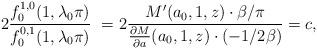
LaTeX: \begin{align*}2 \frac{f_0^{1,0}(1,\lambda_0\pi)}{f_0^{0,1}(1,\lambda_0\pi)}\ = 2 \frac{M^\prime(a_0,1,z) \cdot \beta/\pi}{\frac{\partial M}{\partial a}(a_0,1,z) \cdot (-1/2\beta)} = c,\end{align*}